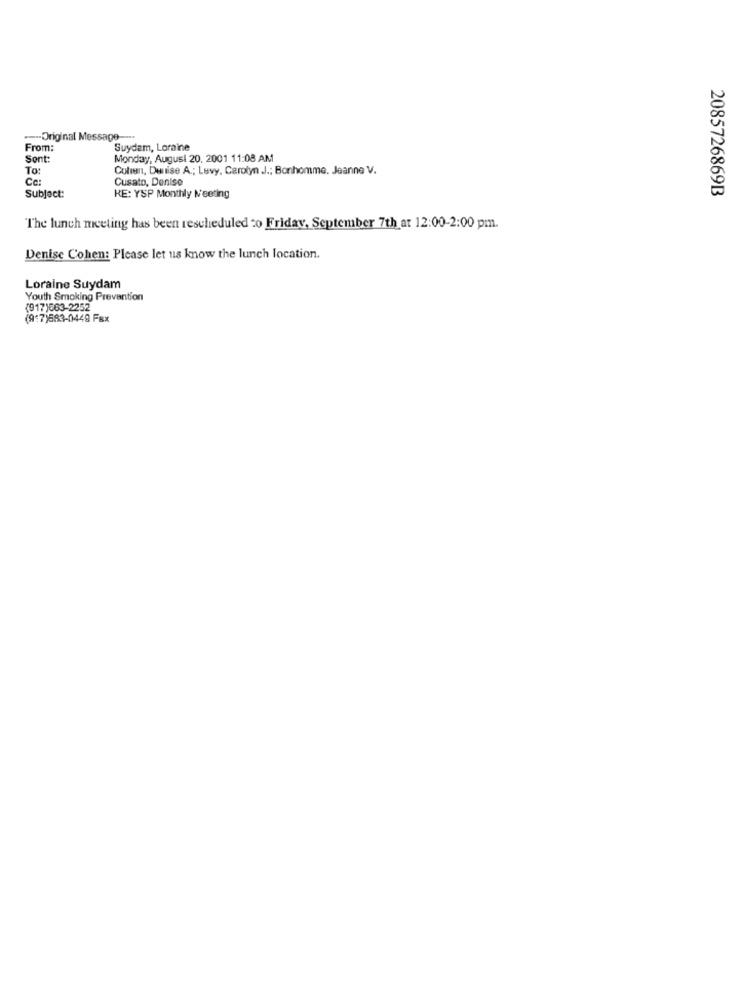
---- Original Message -...
From:
Suydam, Loraine
Sont:
Monday, August 20, 2001 11:08 AM
To:
Colmen, Dunise A .; Levy, Carolyn J .; Bonhomme. Jeanne V.
Cusato, Denise
2085726869B
Subject:
KE: YSP Monthly Meeting
The lunch meeting has been rescheduled to Friday, September 7th at 12:00-2:00 pm.
Denise Cohen: Please let us know the lunch location.
Loraine Suydam
Youth Smoking Prevention
(917)663-2252
(917)683-0449 Fax